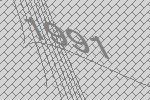
1991